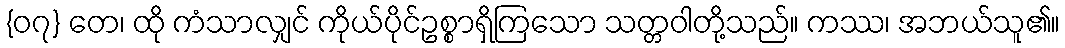
{၀၇} တေ၊ ထို ကံသာလျှင် ကိုယ်ပိုင်ဥစ္စာရှိကြသော သတ္တဝါတို့သည်။ ကဿ၊ အဘယ်သူ၏။